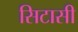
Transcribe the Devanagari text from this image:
सिटासी